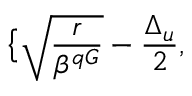
\big \{ \sqrt { \frac { r } { \beta ^ { q G } } } - \frac { \Delta _ { u } } { 2 } ,